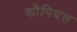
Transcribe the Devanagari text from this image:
कौपियस